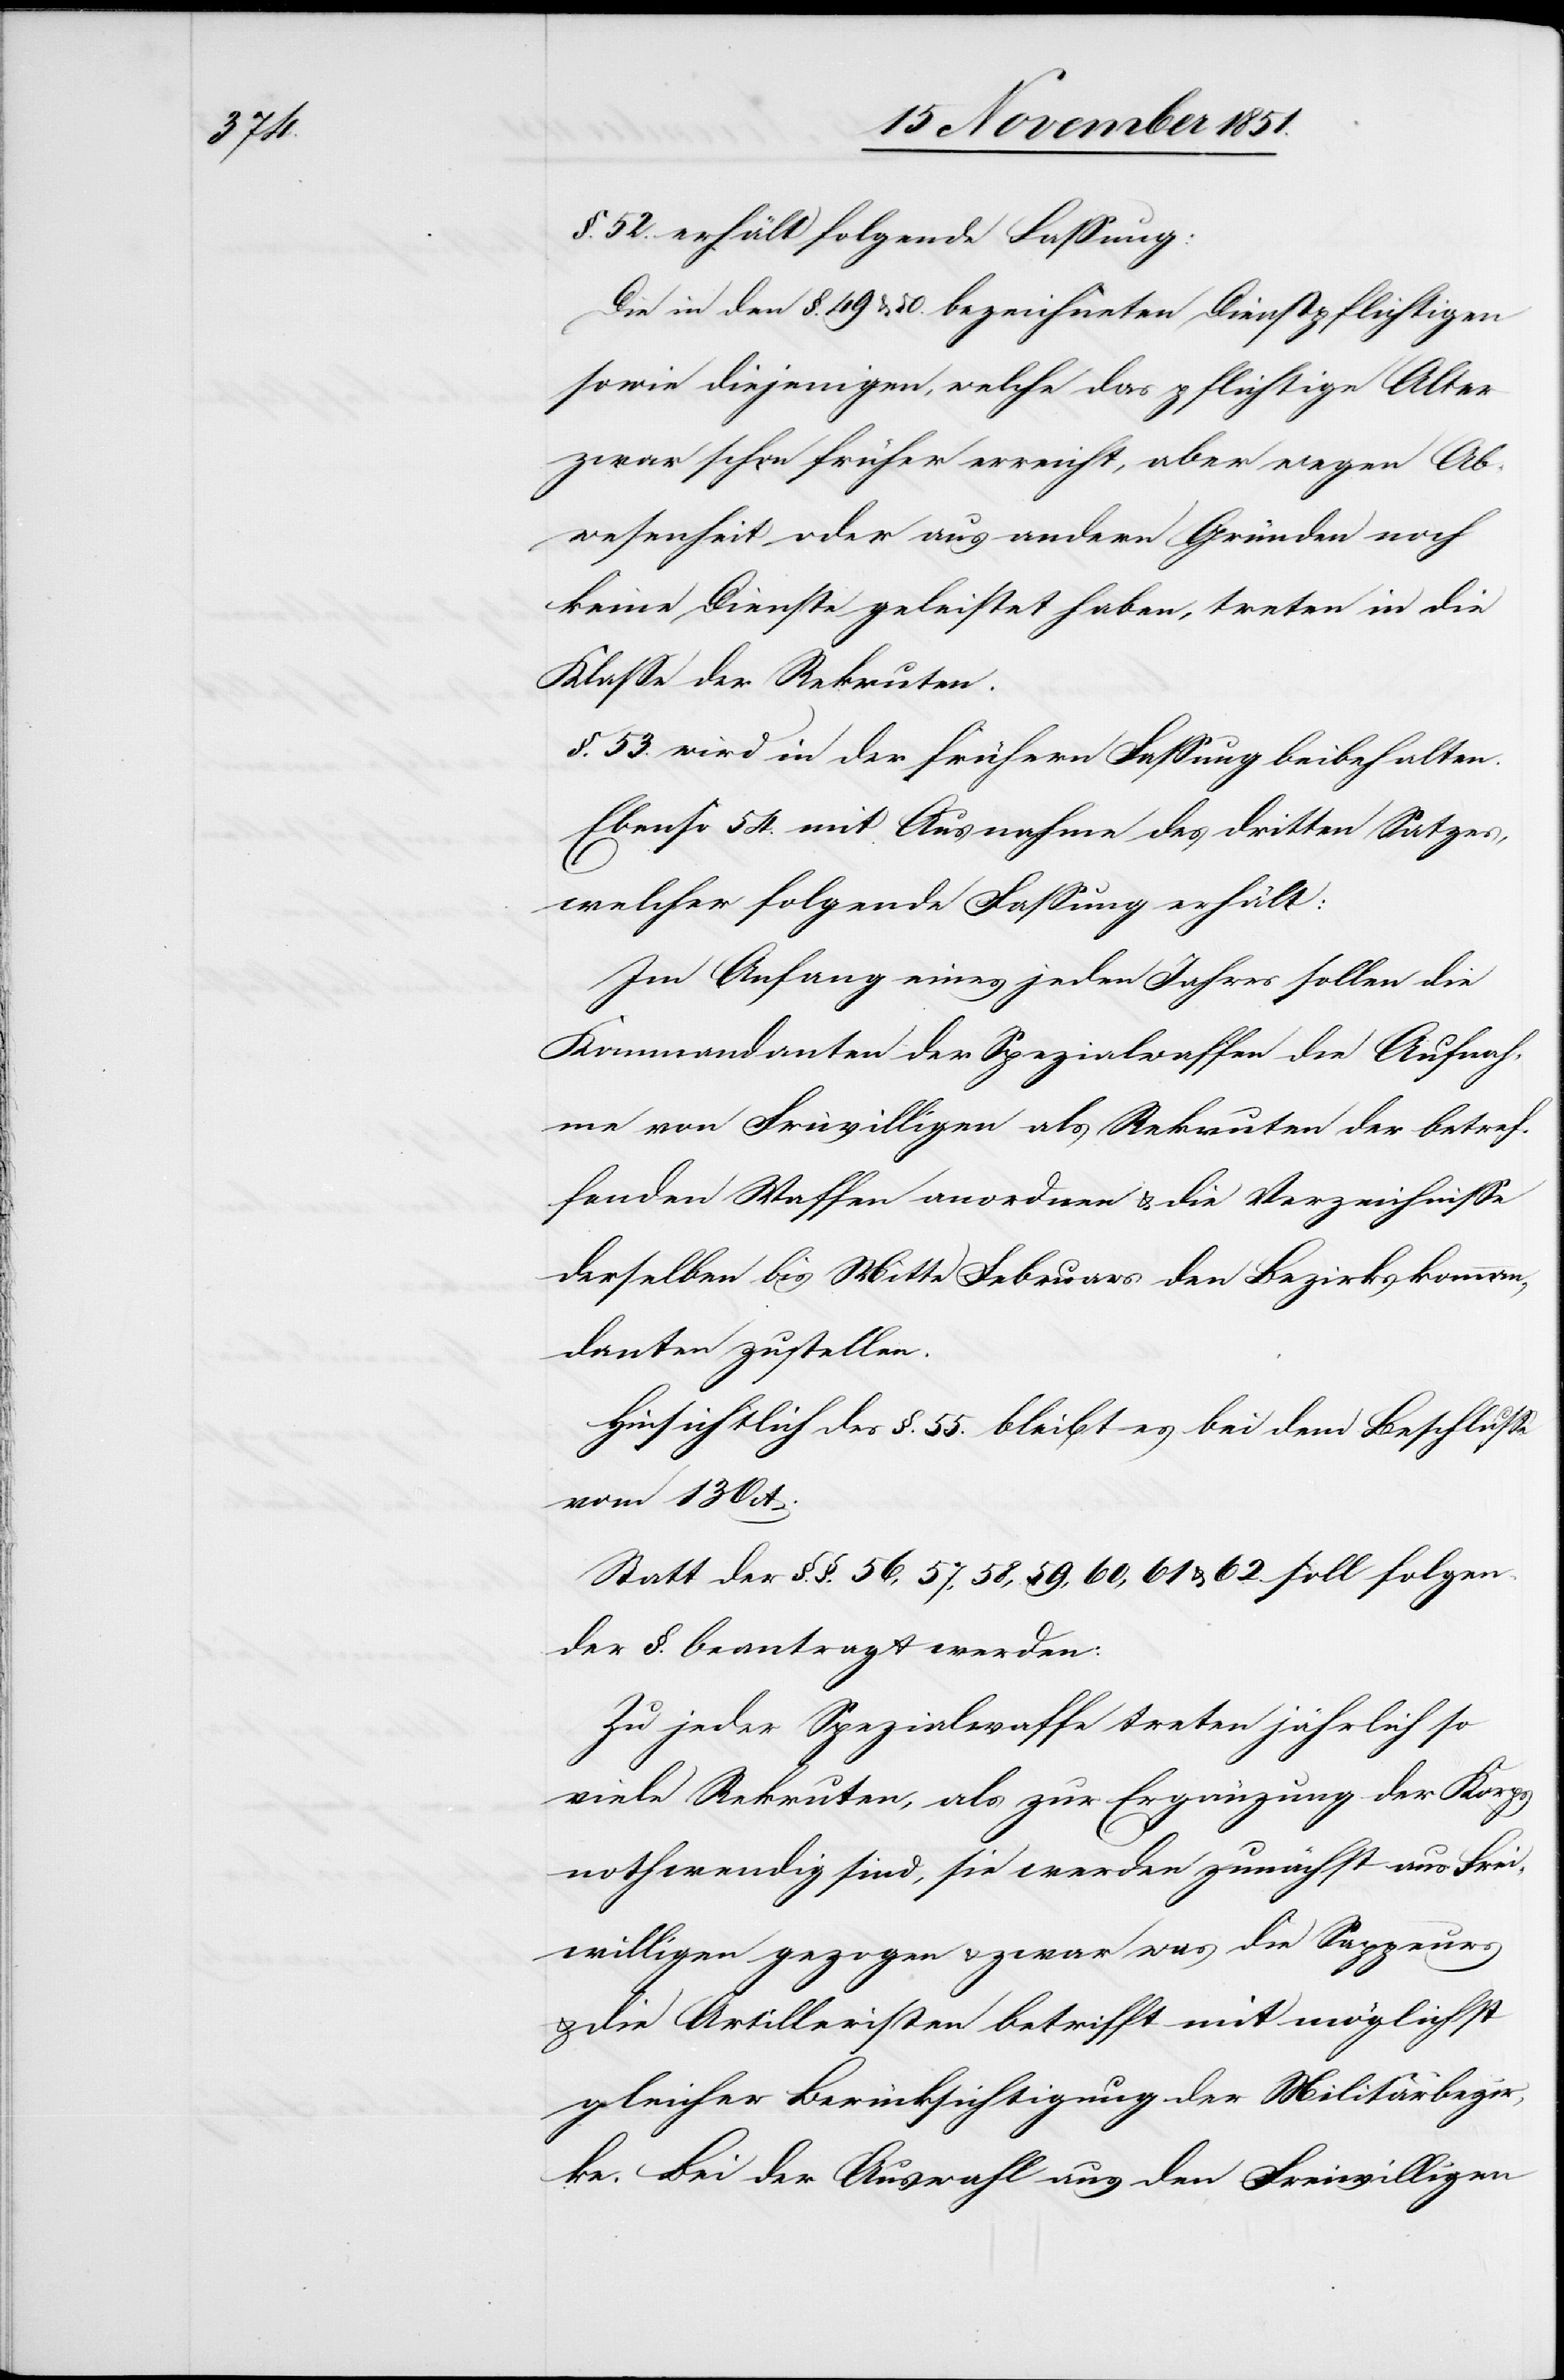
§. 52. erhält folgende Fassung:
Die in den §. 49 & 50. bezeichneten Dienstpflichtigen
sowie diejenigen, welche das pflichtige Alter
zwar schon früher erreicht, aber wegen Ab¬
wesenheit oder aus andern Gründen noch
keine Dienste geleistet haben, treten in die
Klasse der Rekruten.
§. 53. wird in der frühern Fassung beibehalten.
Ebenso 54. mit Ausnahme des dritten Satzes,
welcher folgende Fassung erhält:
Im Anfang eines jeden Jahres sollen die
Kommandanten der Spezialwaffen die Aufnah¬
me von Fr[e]iwilligen als Rekruten der betref¬
fenden Waffen anordnen & die Verzeichnisse
derselben bis Mitte Februars den Bezirkskomman¬
danten zustellen.
Hinsichtlich des §. 55. bleibt es bei dem Beschlusse
vom 13 Oct.
Statt der §.§. 56, 57, 58, 59, 60, 61, & 62 soll folgen¬
der §. beantragt werden:
Zu jeder Spezialwaffe treten jährlich so
viele Rekruten, als zur Ergänzung der Korps
nothwendig sind, sie werden zunächst aus Frei¬
willigen gezogen & zwar was die Sappeurs
& die Artilleristen betrifft mit möglichst
gleicher Berücksichtigung der Militärbezir¬
ke. Bei der Auswahl aus den Freiwilligen